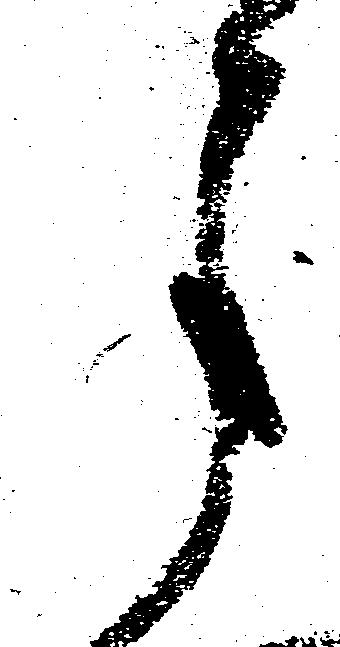
月